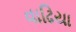
વાઢિયા